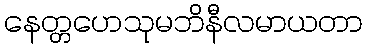
နေတ္တဟေသုမဘိနီလမာယတာ